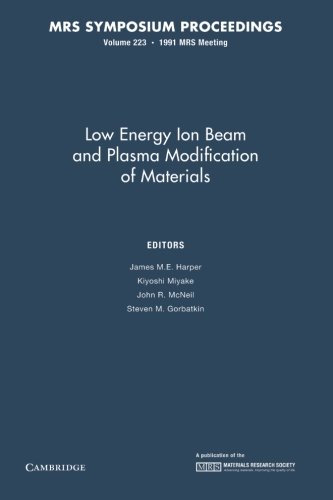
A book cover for Low Energy Ion Beam and Plasma Modification of Materials: Volume 223 (MRS Proceedings); Science & Math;